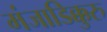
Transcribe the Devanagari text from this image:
मंजाडिक्कुरु